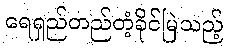
ရေရှည်တည်တံ့ခိုင်မြဲသည့်